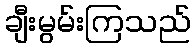
ချီးမွမ်းကြသည်